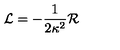
{ \cal { L } } = - \frac { 1 } { 2 \kappa ^ { 2 } } { \cal { R } }